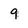
Character: 9